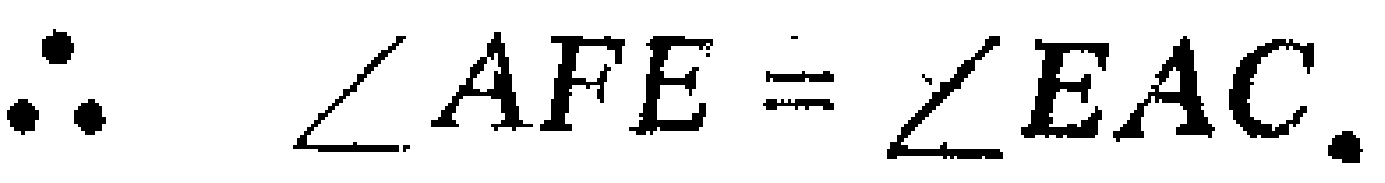
\(\therefore \angle AFE = \angle EAC.\)